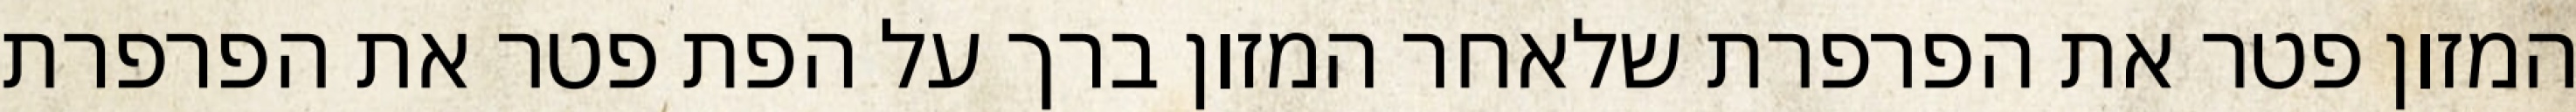
המזון פטר את הפרפרת שלאחר המזון ברך על הפת פטר את הפרפרת